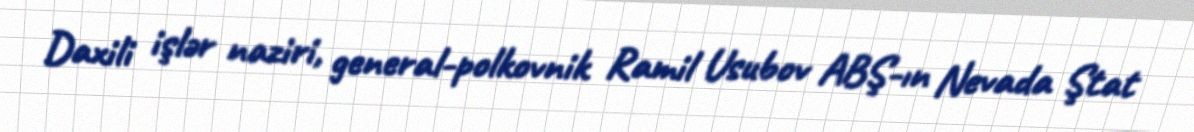
Daxili işlər naziri, general-polkovnik Ramil Usubov ABŞ-ın Nevada Ştat